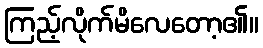
ကြည့်လိုက်မိလေတော့၏။